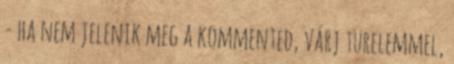
- ha nem jelenik meg a kommented, várj türelemmel,